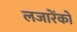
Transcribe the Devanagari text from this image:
लजारेंको